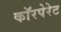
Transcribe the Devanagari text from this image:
काॅरपेरेट